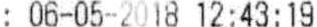
: 06-05-2018 12:43:19